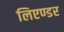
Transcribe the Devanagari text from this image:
लिएण्डर